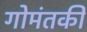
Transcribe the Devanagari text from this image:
गोमंतकी